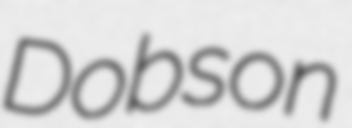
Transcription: Dobson